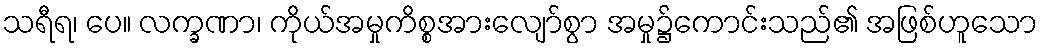
သရီရ၊ ပေ။ လက္ခဏာ၊ ကိုယ်အမှုကိစ္စအားလျော်စွာ အမှု၌ကောင်းသည်၏ အဖြစ်ဟူသော